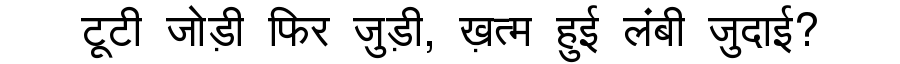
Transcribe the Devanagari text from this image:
टूटी जोड़ी फिर जुड़ी, ख़त्म हुई लंबी जुदाई?